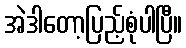
အဲဒါတော့ပြည့်စုံပါပြီ။